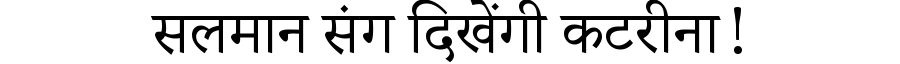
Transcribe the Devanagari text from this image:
सलमान संग दिखेंगी कटरीना!